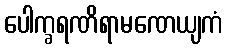
ပေါက္ခရဏိရာမဏေယျကံ